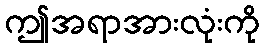
ဤအရာအားလုံးကို